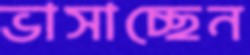
ভাসাচ্ছেন